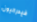
فيدراليون